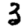
Digit: 3